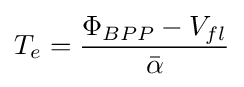
T_{e}={\frac {\Phi _{BPP}-V_{fl}}{\bar {\alpha }}}